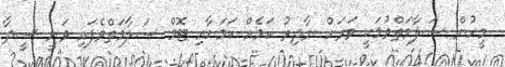
މީހުން ސަލާމަތްވުމަކީ ވަރަށް ނާދިރު ކަމެއް ކަމަށާއި ޓޮމް ސަލާމަތްވެފައި ވަނީ ސީދާ